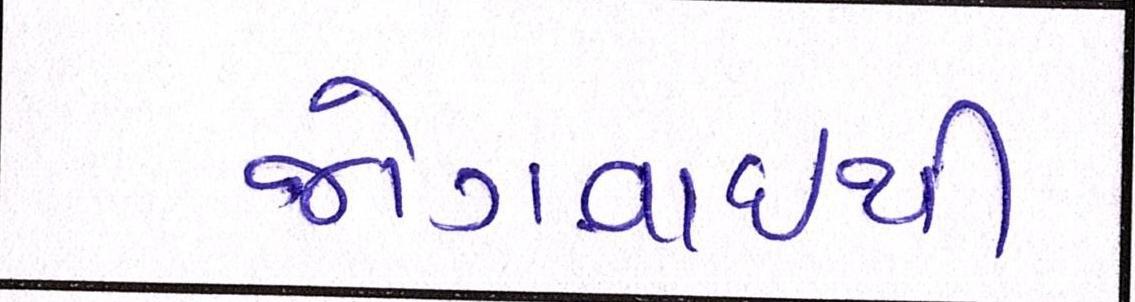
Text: જોગવાઈથી